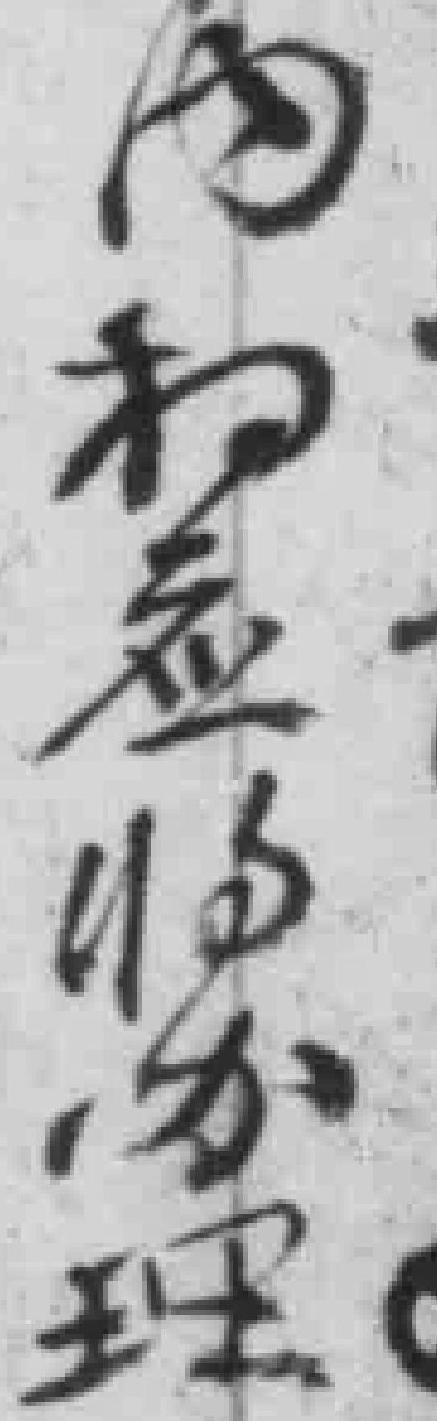
内相应收办理